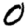
Digit: 0